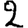
Digit: 2